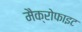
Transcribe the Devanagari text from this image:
मैक्रोफाइट